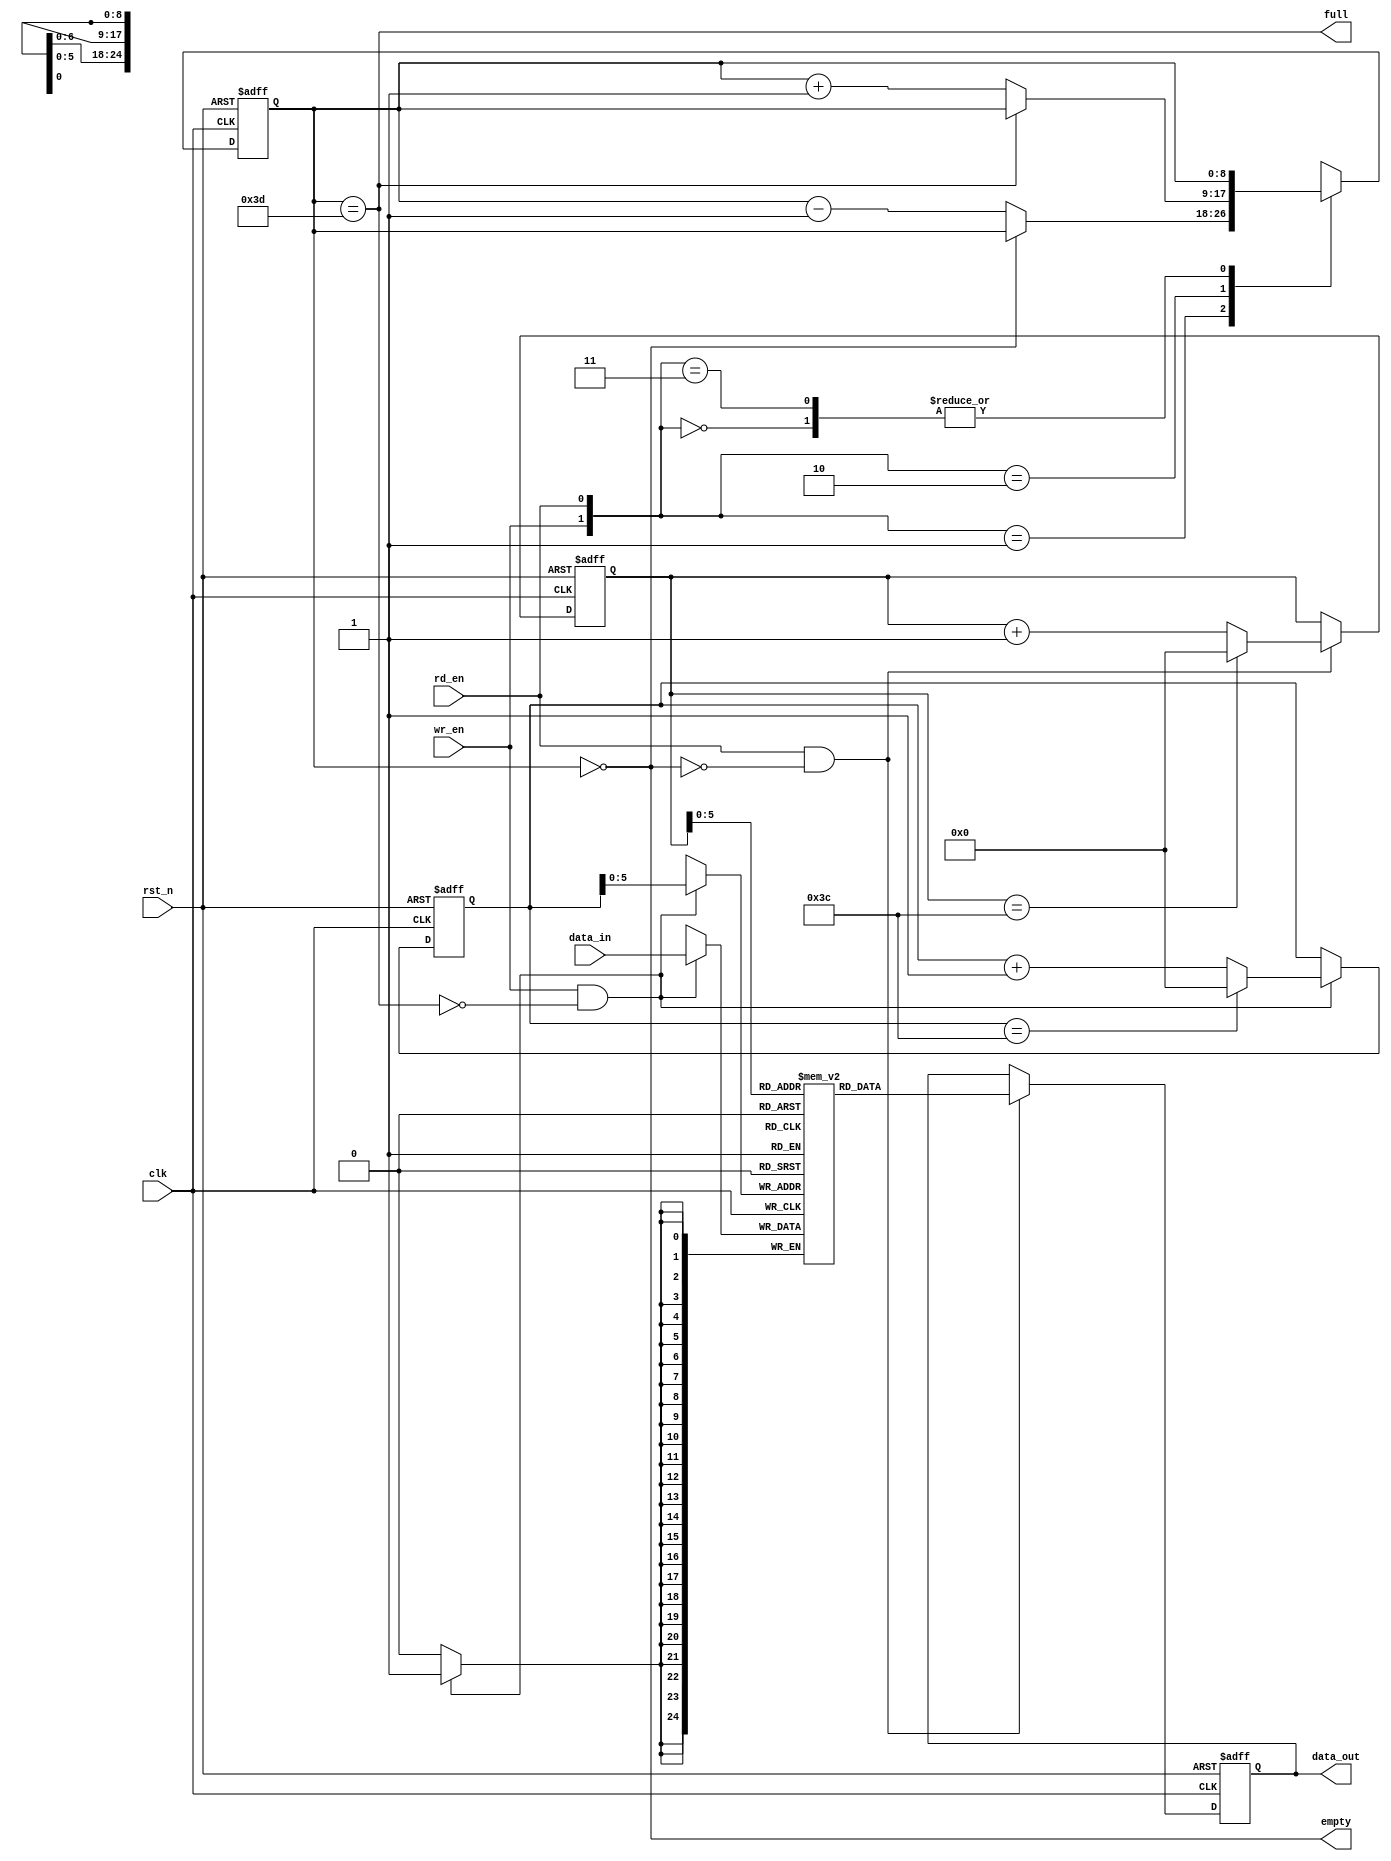
///==------------------------------------------------------------------==///
/// Conv kernel: synchronous FIFO
///==------------------------------------------------------------------==///
/// Synchronous FIFO
module SYNCH_FIFO #(
    parameter data_width = 25,
    parameter addr_width = 8,
    parameter depth      = 61
) (
    /// Control signal
    input clk,
    input rd_en,
    input wr_en,
    input rst_n,
    /// status signal
    output empty,
    output full,
    /// data signal
    output reg [data_width-1:0] data_out,
    input [data_width-1:0] data_in
);
    reg [addr_width:0] cnt;
    reg [data_width-1:0] fifo_mem [0:depth-1];
    reg [addr_width-1:0] rd_ptr;
    reg [addr_width-1:0] wr_ptr;
    /// Status generation
    assign empty = (cnt == 0);
    assign full  = (cnt == depth);
    /// Updata read pointer && Read operation
    always @(posedge clk or negedge rst_n) begin
        if (!rst_n)
            rd_ptr   <= 0;
        else if (rd_en && !empty) begin
            rd_ptr   <= rd_ptr + 1;
            if (rd_ptr == 60)
                rd_ptr <= 0;
        end else 
            rd_ptr   <= rd_ptr;
    end
    always @(posedge clk or negedge rst_n) begin
        if (!rst_n) 
            data_out <= 0;
        else if (rd_en && !empty)
            data_out <= fifo_mem[rd_ptr];
    end
    /// Update write pointer && write operation
    always @(posedge clk or negedge rst_n) begin
        if (!rst_n)
            wr_ptr <= 0;
        else if (wr_en  && !full) begin
            wr_ptr <= wr_ptr + 1;
            if (wr_ptr == 60)
                wr_ptr <= 0;
        end else 
            wr_ptr <= wr_ptr;
    end

    always @(posedge clk) begin
        if (wr_en  && !full)
            fifo_mem[wr_ptr] = data_in;
    end
    /// Update the counter
    always @(posedge clk or negedge rst_n) begin
        if (!rst_n)
            cnt <= 0;
        else begin
            case ({wr_en, rd_en})
                2'b00: cnt <= cnt;
                2'b01: cnt <= !empty ? cnt-1 : cnt;
                2'b10: cnt <= !full  ? cnt+1 : cnt;
                2'b11: cnt <= cnt;
            endcase
        end
    end
endmodule